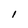
Character: i